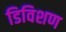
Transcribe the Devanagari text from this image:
डिविशण